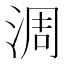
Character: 淍